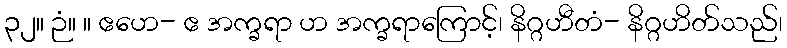
၃၂။ ဉံ။ ။ ဧဟေ- ဧ အက္ခရာ ဟ အက္ခရာကြောင့်၊ နိဂ္ဂဟီတံ- နိဂ္ဂဟိတ်သည်၊